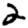
Digit: 2